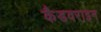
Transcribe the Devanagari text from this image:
कैडवराइन